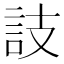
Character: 䚳